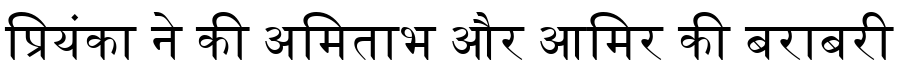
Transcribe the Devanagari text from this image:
प्रियंका ने की अमिताभ और आमिर की बराबरी